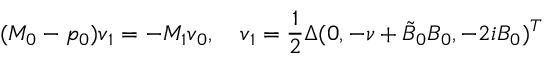
( M _ { 0 } - p _ { 0 } ) \boldsymbol { v } _ { 1 } = - M _ { 1 } \boldsymbol { v } _ { 0 } , \quad \boldsymbol { v } _ { 1 } = \frac { 1 } { 2 } \Delta ( 0 , - \nu + \tilde { B } _ { 0 } B _ { 0 } , - 2 i B _ { 0 } ) ^ { T }